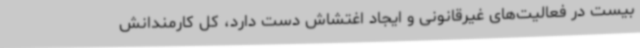
بیست در فعالیت‌های غیرقانونی و ایجاد اغتشاش دست دارد، کل کارمندانش